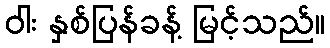
ဝါး နှစ်ပြန်ခန့် မြင့်သည်။